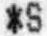
*S